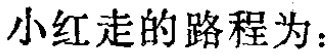
小红走的路程为：